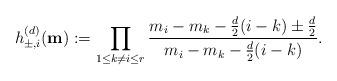
LaTeX: \begin{align*}h_{\pm ,i}^{(d)}(\mathbf{m}) &:= \prod_{1\leq k\not=i\leq r}\frac{m_{i}-m_{k}-\frac{d}{2}(i-k)\pm \frac{d}{2}}{m_{i}-m_{k}-\frac{d}{2}(i-k)}. \end{align*}